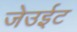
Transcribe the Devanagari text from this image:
जेउईट